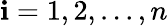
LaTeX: \mathbf{i}=1,2,...,n